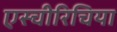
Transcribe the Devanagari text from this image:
एस्चीरिचिया